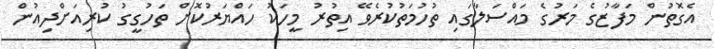
އެގޮތުން މަފާޒުގެ މަރުގެ މައްސަލާގައި ތުހުމަތުކުރެވޭ އިތުރު މީހަކު ހައްޔަރުކޮށް ތަހުގީގު ކުރިއަށްދިއުން